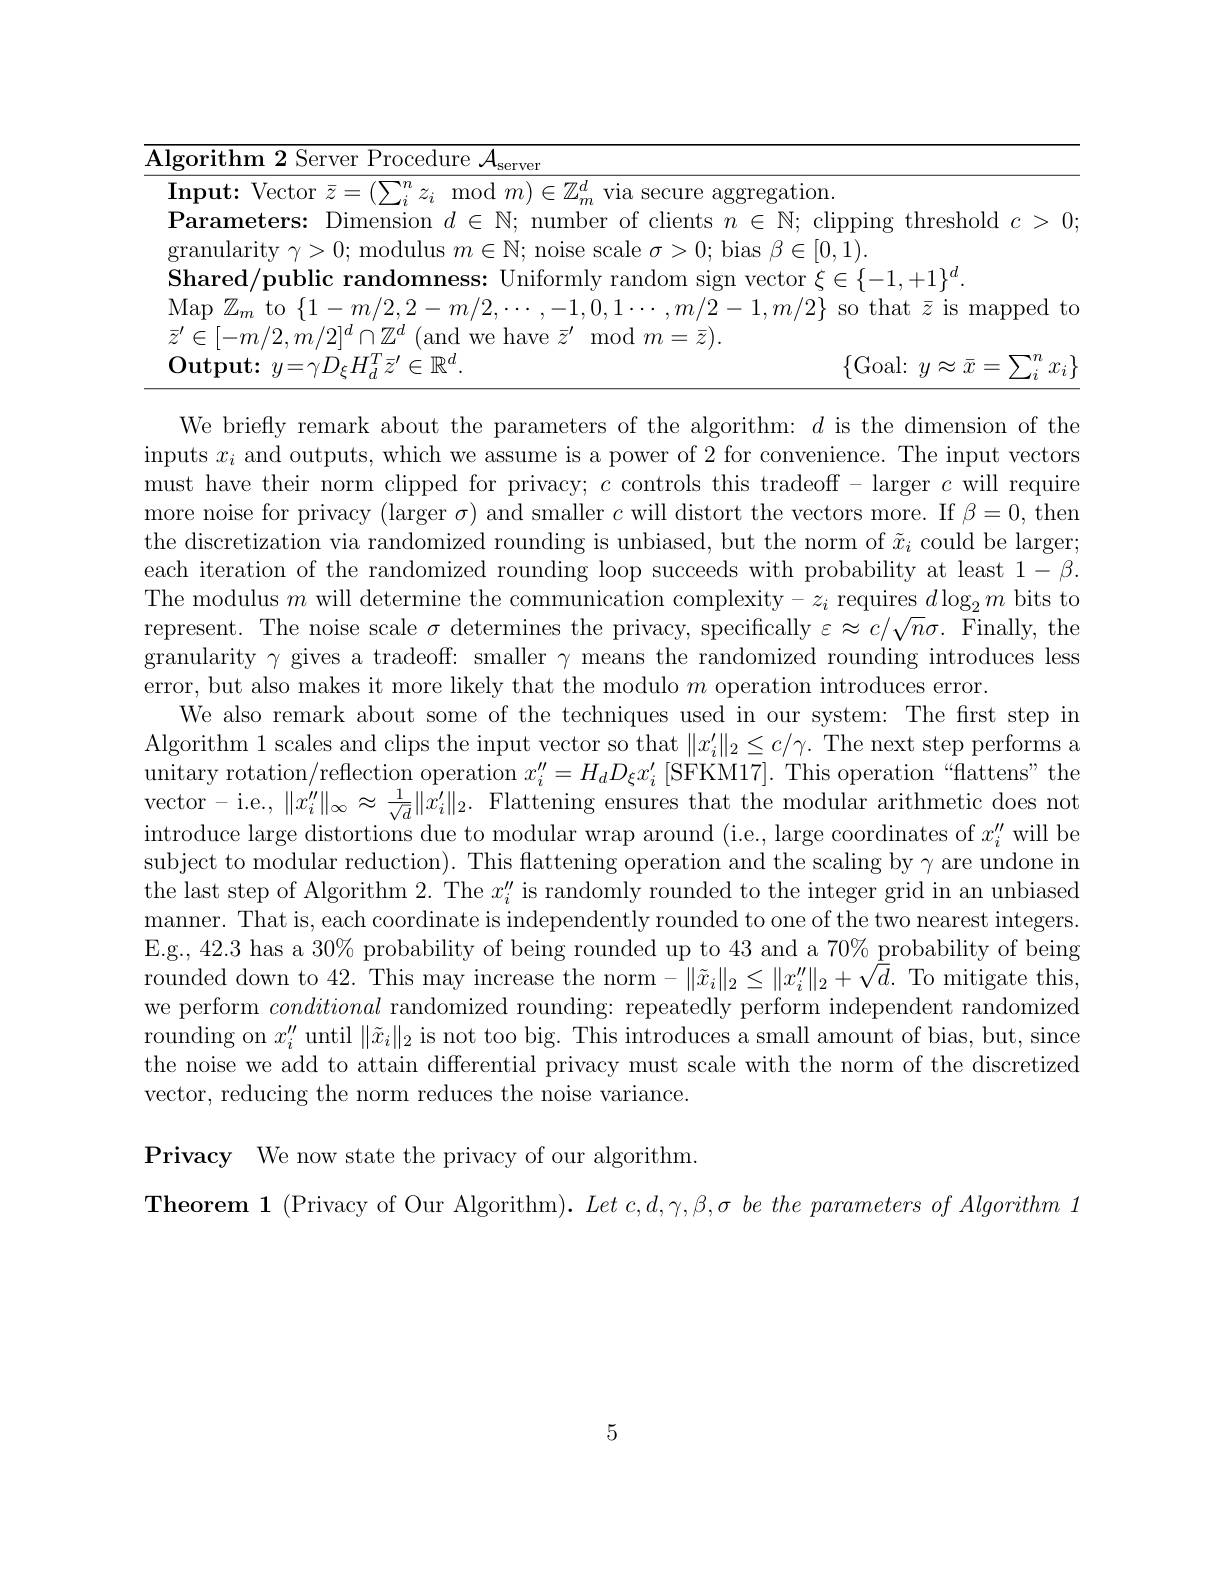
<table>
	<tbody>
		<tr>
			<td>$\overline{\mathrm{Alg}}$ 1 1 1</td>
			<td>$\Upsilon\eta$ $j\Upsilon$ $TT$ $\lim_{\mathrm{e}}$ server</td>
		</tr>
		<tr>
			<td>$\mathbf{I}$</td>
			<td>Vector z $(T1g)$ Secllre gregation $H.F$</td>
		</tr>
		<tr>
			<td>$\mathbf{F}$</td>
			<td>eters Dimension mumher 1100110 threshold 1 $C$ ></td>
		</tr>
		<tr>
			<td>$hy$</td>
			<td>md $\{G_{\mathrm{oal}}:$ $\nu n$ $v\approx$ $\gamma_{i}$ $\mathcal{X}_{i}$</td>
		</tr>
	</tbody>
</table>

We briefly remark about the parameters of the algorithm: $d$ is the dimension of the inputs $x_i$ and outputs, which we assume is a power of 2 for convenience. The input vectors must have their norm clipped for privacy; $c$ controls this tradeoff - larger $c$ will require more noise for privacy (larger $\sigma)$ and smaller $c$ will distort the vectors more. If $\beta=0$, then the discretization via randomized rounding is unbiased, but the norm of $\tilde{x}_i$ could be larger; each iteration of the randomized rounding loop succeeds with probability at least $1-\beta.$ The modulus $m$ will determine the communication complexity$-z_i$ requires $d\log_2m$ bits to represent. The noise scale $\sigma$ determines the privacy, specifically $\varepsilon\approx c/\sqrt n\sigma.$ Finally, the granularity $\gamma$ gives a tradeoff: smaller $\gamma$ means the randomized rounding introduces less error, but also makes it more likely that the modulo $m$ operation introduces error.
We also remark about some of the techniques used in our system: The first step in Algorithm 1 scales and clips the input vector so that $\|x_i^{\prime}\|_2\leq c/\gamma.$ The next step performs a unitary rotation/reflection operation $x_i^{\prime\prime}=H_dD_\xi x_i^{\prime}\left[\mathrm{SFKM17}\right].$ This operation“flattens”the vector- i.e, $\|x_i^{\prime\prime}\|_{\infty}\approx\frac1{\sqrt{d}}\|x_i^{\prime}\|_{2}.$ Flattening ensures that the modular arithmetic does not introduce large distortions due to modular wrap around (i.e., large coordinates of $x_i^{\prime\prime}$ will be subject to modular reduction). This flattening operation and the scaling by $\gamma$ are undone in the last step of Algorithm 2. The $x_i^{\prime\prime}$ is randomly rounded to the integer grid in an unbiased manner. That is, each coordinate is independently rounded to one of the two nearest integers. E.g., 42.3 has a 30% probability of being rounded up to 43 and a 70% probability of being rounded down to 42. This may increase the norm$-\|\tilde{x}_i\|_2\leq\|x_i^{\prime\prime}\|_2+\sqrt{d}.$ To mitigate this, we perform conditional randomized rounding: repeatedly perform independent randomized rounding on $x_i^{\prime\prime}$ until $\|\tilde{x}_i\|_2$ is not too big. This introduces a small amount of bias, but, since the noise we add to attain differential privacy must scale with the norm of the discretized vector, reducing the norm reduces the noise variance.

Privacy We now state the privacy of our algorithm
Theorem 1 (Privacy of Our Algorithm). Let $c, d, \gamma , \beta , \sigma$ $be$ the parameters $of$ Algorithm 1

5